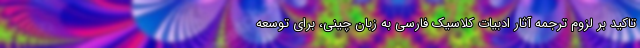
تاکید بر لزوم ترجمه آثار ادبیات کلاسیک فارسی به زبان چینی، برای توسعه